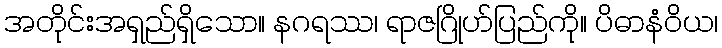
အတိုင်းအရှည်ရှိသော။ နဂရဿ၊ ရာဇဂြိုဟ်ပြည်ကို။ ပိဓာနံဝိယ၊